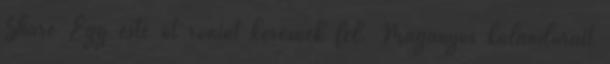
Share Egy este öt ronint keresnek fel. Magányos kalandorait